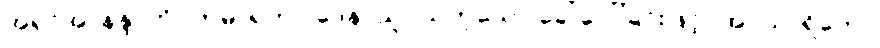
အရှင်အာနန္ဒာကို။ ကုမာရကဝါဒေန၊ သူငယ်ဟူသော ခေါ်ဝေါ်ခြင်းဖြင့်။ အပသာရိတော